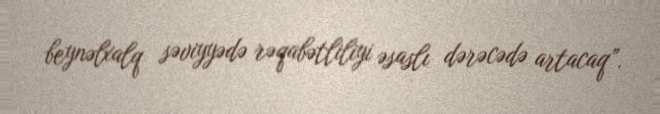
beynəlxalq səviyyədə rəqabətliliyi əsaslı dərəcədə artacaq”.